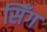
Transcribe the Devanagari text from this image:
सिँग